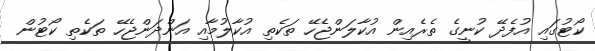
ކޯޓުގައި އުފެދޭ ކުނީގެ ތެރެއިން އުކާލަންޖެހޭ ތަކެތި އުކާލުމާއި އަންދަންޖެހޭ ތަކެތި ކޯޓުން